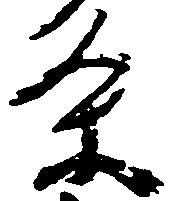
条